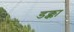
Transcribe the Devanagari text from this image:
डक्का